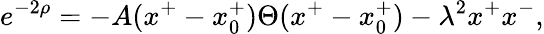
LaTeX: e^{-2\rho}=-A(x^{+}-x_{0}^{+})\Theta(x^{+}-x_{0}^{+})-\lambda^{2}x^{+}x^{-},